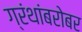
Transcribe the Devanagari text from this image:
ग्रंथांबरोबर